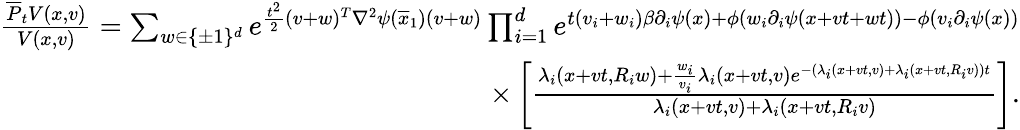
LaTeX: \begin{array}{r}{\frac{\overline{{P}}_{t}V(x,v)}{V(x,v)}=\sum_{w\in\{ \pm 1\} ^{d}}e^{\frac{t^{2}}{2}(v+w)^{T}\nabla^{2}\psi(\overline{{x}}_{1})(v+w)}\prod_{i=1}^{d}e^{t(v_{i}+w_{i})\beta\partial_{i}\psi(x)+\phi(w_{i}\partial_{i}\psi(x+vt+wt))-\phi(v_{i}\partial_{i}\psi(x))}}\\ {\times\left[\frac{\lambda_{i}(x+vt,R_{i}w)+\frac{w_{i}}{v_{i}}\lambda_{i}(x+vt,v)e^{-(\lambda_{i}(x+vt,v)+\lambda_{i}(x+vt,R_{i}v))t}}{\lambda_{i}(x+vt,v)+\lambda_{i}(x+vt,R_{i}v)}\right].}\end{array}